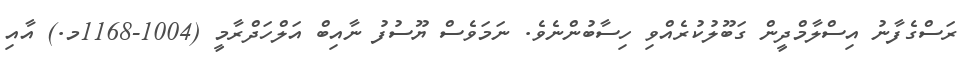
ރަސްގެފާނު އިސްލާމްދީން ގަބޫލުކުރެއްވި ހިސާބުންނެވެ. ނަމަވެސް ޔޫސުފު ނާއިބް އަލްހަދްރާމީ (1004-1168މ.) އާއި